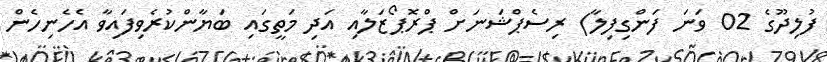
ފުލިދޫގެ 02 ވަނަ ފަންގިފިލާ) ރިސެޕްޝަނަށް ޕްރޮޕޯޒަލާއި އަދި މަތީގައި ބަޔާންކުރެވިފައިވާ އެހެނިހެން